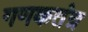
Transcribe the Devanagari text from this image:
गणकतंत्र